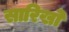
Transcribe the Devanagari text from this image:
सारिखो